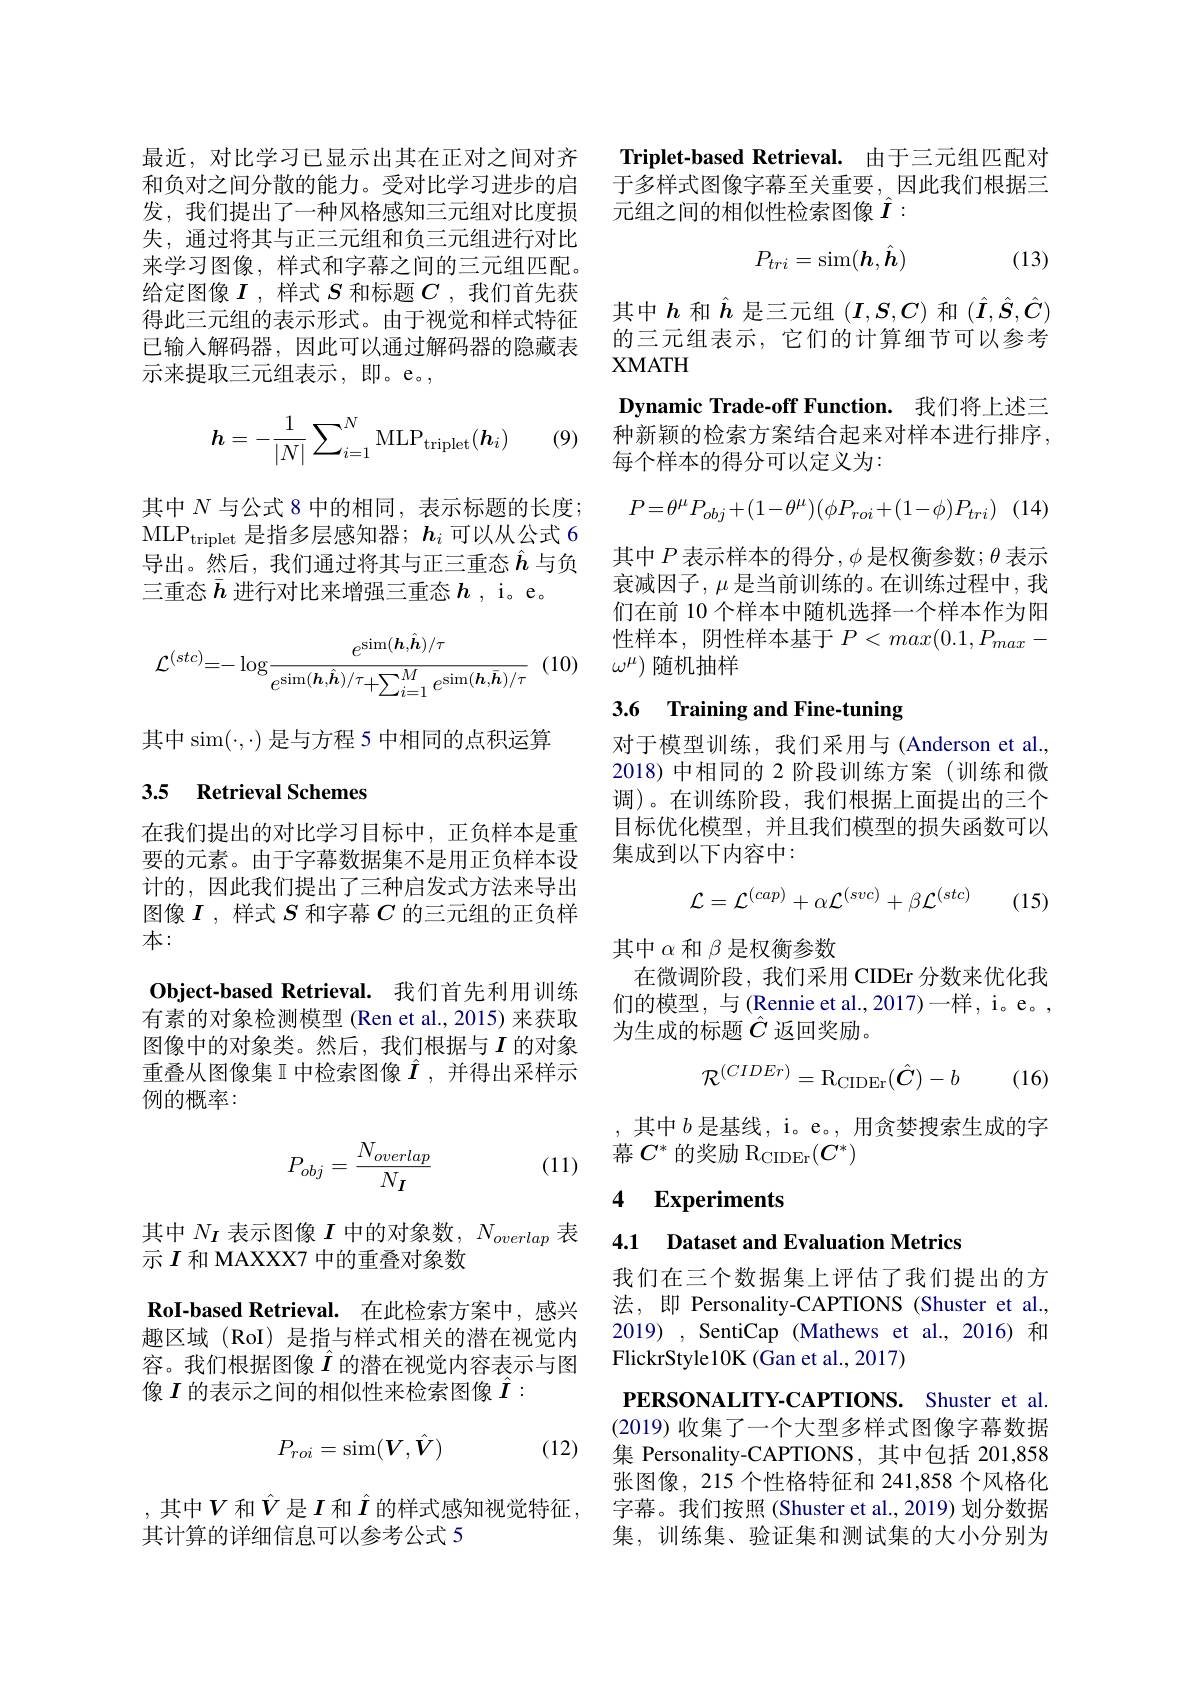
发，我们提出了一种风格感知三元组对比度损失，通过将其与正三元组和负三元组进行对比来学习图像，样式和字幕之间的三元组匹配。给定图像$I$ ,样式$S$和标题$C$ ,我们首先获得此三元组的表示形式。由于视觉和样式特征已输入解码器，因此可以通过解码器的隐藏表示来提取三元组表示，即。e。,
$$\boldsymbol{h}=-\frac{1}{|N|}\sum_{i=1}^{N}\mathrm M\mathrm L\mathrm P_{\mathrm triplet}(\boldsymbol{h}_i)$$
(9)

其中$N$与公式 8 中的相同，表示标题的长度； ML$P_{triplet}$是指多层感知器；$\boldsymbol h_i$可以从公式 6导出。然后，我们通过将其与正三重态$\hat{h}$ 与负三重态$\bar{h}$进行对比来增强三重态$h$ , i。e。
$$\mathcal{L}^{(stc)}=-\log\frac{e^{\sin(\boldsymbol{h},\hat{\boldsymbol{h}})/\tau}}{e^{\sin(\boldsymbol{h},\hat{\boldsymbol{h}})/\tau}+\sum_{i=1}^{M}e^{\sin(\boldsymbol{h},\bar{\boldsymbol{h}})/\tau}}$$
-(10)

其中 sim$(\cdot,\cdot)$是与方程 5 中相同的点积运算

## 3.5 Retrieval Schemes

在我们提出的对比学习目标中，正负样本是重要的元素。由于字幕数据集不是用正负样本设计的，因此我们提出了三种启发式方法来导出图像$I$ ,样式$S$和字幕$C$的三元组的正负样本：
Object-based Retrieval. 我们首先利用训练有素的对象检测模型 (Ren et al.,2015) 来获取图像中的对象类。然后，我们根据与$I$ 的对象重叠从图像集 I 中检索图像$\hat{I}$ ,并得出采样示例的概率：
$$P_{obj}=\frac{N_{overlap}}{N_{I}}$$
(11)

其中$N_{I}$表示图像$I$中的对象数，$N_overlap$表
示$I$和 MAXXX7 中的重叠对象数
RoI-based Retrieval. 在此检索方案中，感兴趣区域 (RoI) 是指与样式相关的潜在视觉内容。我们根据图像$\hat{I}$的潜在视觉内容表示与图像$I$的表示之间的相似性来检索图像$\hat{I}:$

(12)
$$P_{roi}=\sin(\boldsymbol{V},\hat{\boldsymbol{V}})$$
,其中$V$ 和$\hat{V}$ 是$I$ 和$\hat{I}$ 的样式感知视觉特征，
其计算的详细信息可以参考公式 5

最近，对比学习已显示出其在正对之间对齐 Triplet-based Retrieval. 由于三元组匹配对和负对之间分散的能力。受对比学习进步的启 于多样式图像字幕至关重要，因此我们根据三
元组之间的相似性检索图像$\hat{I}:$
$$P_{tri}=\sin(h,\hat{h})$$
(13)

其中$h$和$\hat{h}$是三元组$(I,S,C)$和$(\hat{I},\hat{S},\hat{C})$ 的三元组表示，它们的计算细节可以参考XMATH
Dynamic Trade-off Function. 我们将上述三种新颖的检索方案结合起来对样本进行排序， 每个样本的得分可以定义为：
$$P=\theta^\mu P_{obj}+(1-\theta^\mu)(\phi P_{roi}+(1-\phi)P_{tri})$$
其中$P$表示样本的得分$,\phi$是权衡参数$;\theta$表示衰减因子，$\mu$是当前训练的。在训练过程中，我们在前 10 个样本中随机选择一个样本作为阳性样本，阴性样本基于$P<max(0.1,P_{max}-$ $\omega^{\mu})$随机抽样

## 3.6 Training and Fine-tuning

对于模型训练，我们采用与(Anderson et al., 2018)中相同的 2 阶段训练方案(训练和微调)。在训练阶段，我们根据上面提出的三个目标优化模型，并且我们模型的损失函数可以集成到以下内容中：
$$\mathcal{L}=\mathcal{L}^{(cap)}+\alpha\mathcal{L}^{(svc)}+\beta\mathcal{L}^{(stc)}$$
(15)

其中$\alpha$和$\beta$是权衡参数
在微调阶段，我们采用 CIDEr 分数来优化我们的模型，与(Rennie et al.,2017)一样，i。e。, 为生成的标题$\hat{C}$返回奖励。
$$\mathcal{R}^{(CIDEr)}=\mathrm{R}_{\mathrm{CIDEr}}(\hat{\boldsymbol{C}})-b$$
(16)

,其中$b$是基线，i。e。,用贪婪搜索生成的字
幕$C^*$的奖励 R$_\mathrm{CIDEr}(C^*)$

## 4 Experiments

4.1 Dataset and Evaluation Metrics

我们在三个数据集上评估了我们提出的方法，即 Personality-CAPTIONS(Shuster et al., 2019), SentiCap (Mathews et al.,2016)和FlickrStyle10K (Gan et al., 2017)

PERSONALITY-CAPTIONS. Shuster et al. (2019)收集了一个大型多样式图像字幕数据集 Personality-CAPTIONS, 其中包括 201,858张图像，215 个性格特征和 241,858 个风格化字幕。我们按照 (Shuster et al.,2019) 划分数据集，训练集、验证集和测试集的大小分别为